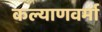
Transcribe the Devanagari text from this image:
कल्याणवर्मा